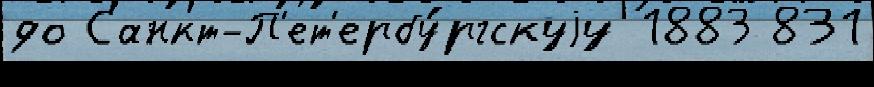
до Санкт-П'ет'ербу́ргскуjу 1883 831